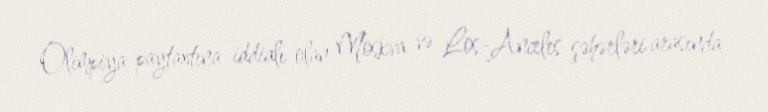
Olimpiya paytaxtına iddialı olan Moskva və Los-Anceles şəhərləri arasında